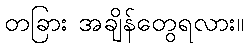
တခြား အချိန်တွေရလား။